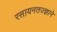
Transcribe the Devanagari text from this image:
रसायनतज्ज्ञाने